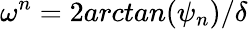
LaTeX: \omega^{n}=2arctan(\psi_{n})/\delta